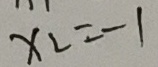
x _ { 2 } = - 1